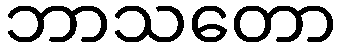
ဘာသတော